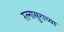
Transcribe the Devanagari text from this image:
रत्नासुराच्या